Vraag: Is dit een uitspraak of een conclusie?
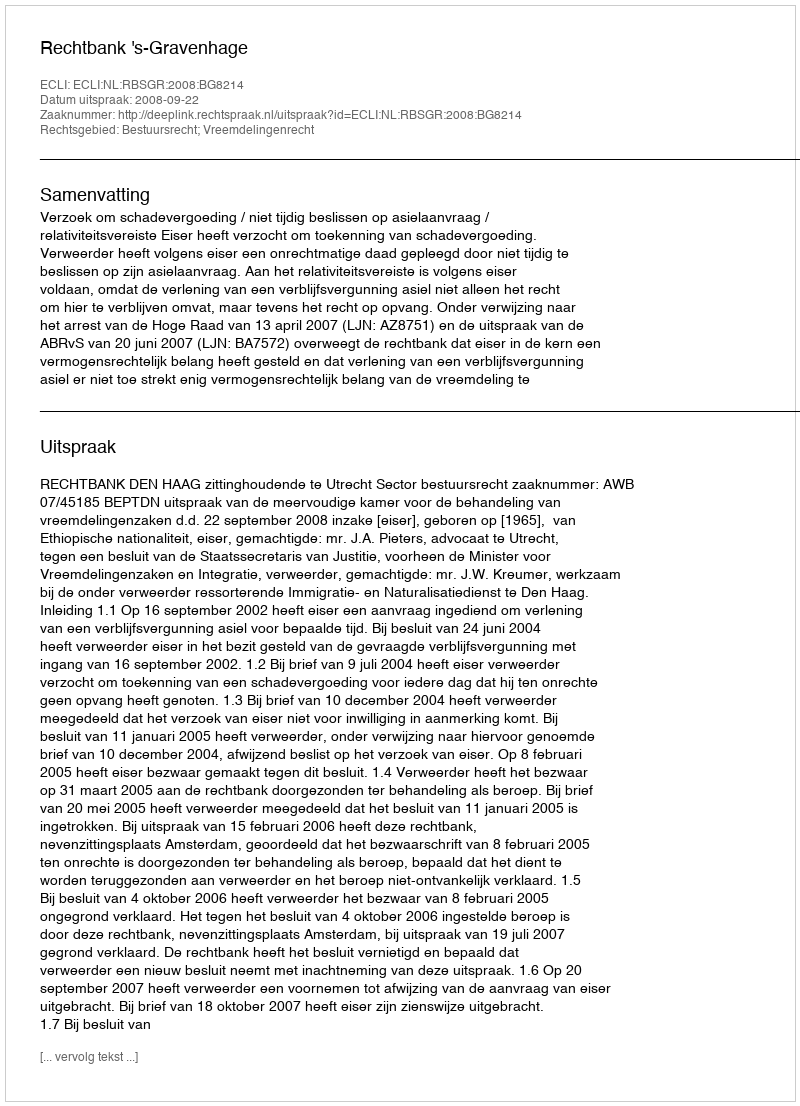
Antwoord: Uitspraak